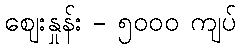
စျေးနှုန်း - ၅၀၀၀ ကျပ်